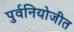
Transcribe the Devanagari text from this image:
पुर्वनियोजीत